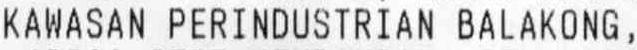
KAWASAN PERINDUSTRIAN BALAKONG,